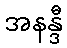
အနန္ဒီ